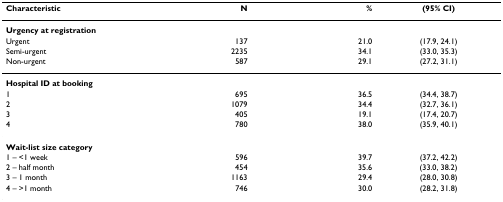
<table><thead><tr><td><b>Characteristic</b></td><td><b>N</b></td><td><b>%</b></td><td><b>(95% CI)</b></td></tr></thead><tbody><tr><td colspan="4"><b>Urgency at registration</b></td></tr><tr><td>Urgent</td><td>137</td><td>21.0</td><td>(17.9, 24.1)</td></tr><tr><td>Semi-urgent</td><td>2235</td><td>34.1</td><td>(33.0, 35.3)</td></tr><tr><td>Non-urgent</td><td>587</td><td>29.1</td><td>(27.2, 31.1)</td></tr><tr><td colspan="4"><b>Hospital ID at booking</b></td></tr><tr><td>1</td><td>695</td><td>36.5</td><td>(34.4, 38.7)</td></tr><tr><td>2</td><td>1079</td><td>34.4</td><td>(32.7, 36.1)</td></tr><tr><td>3</td><td>405</td><td>19.1</td><td>(17.4, 20.7)</td></tr><tr><td>4</td><td>780</td><td>38.0</td><td>(35.9, 40.1)</td></tr><tr><td colspan="4"><b>Wait-list size category</b></td></tr><tr><td>1 – &lt;1 week</td><td>596</td><td>39.7</td><td>(37.2, 42.2)</td></tr><tr><td>2 – half month</td><td>454</td><td>35.6</td><td>(33.0, 38.2)</td></tr><tr><td>3 – 1 month</td><td>1163</td><td>29.4</td><td>(28.0, 30.8)</td></tr><tr><td>4 – &gt;1 month</td><td>746</td><td>30.0</td><td>(28.2, 31.8)</td></tr></tbody></table>